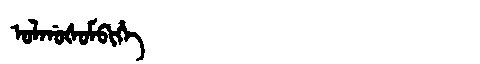
Manchu: ᠣᠯᡤᠣᡧᠣᠮᠪᡳᡥᡝ
Romanization: OLGOŠOMBIHE